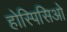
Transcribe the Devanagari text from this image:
होस्पिसिओ